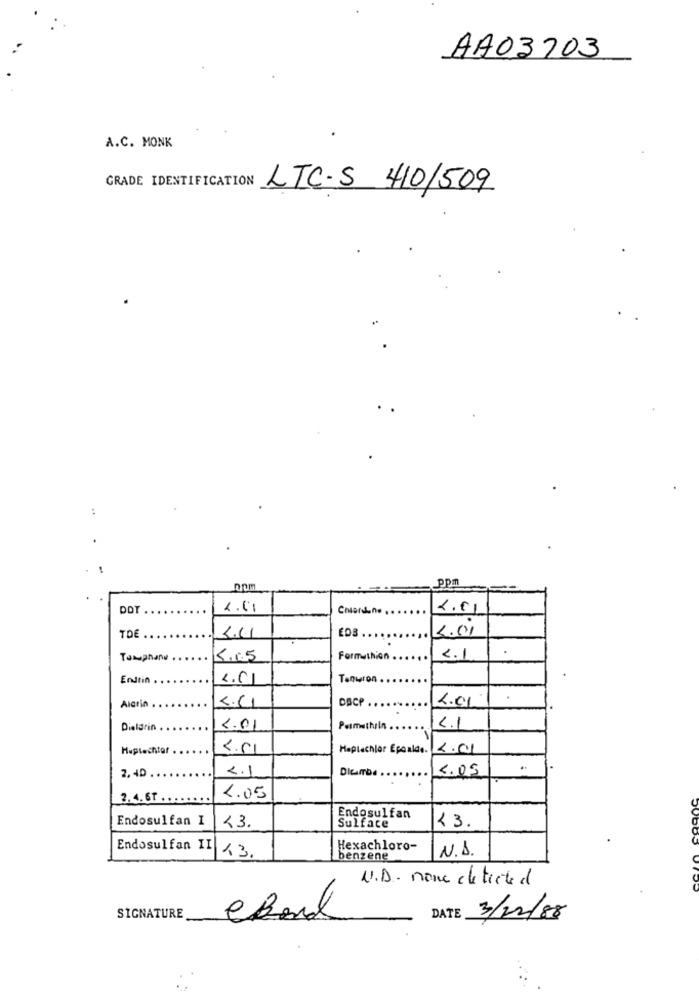
AA03703
A.C. MONK
GRADE IDENTIFICATION
LTC.S 410/509
ppm
DOT
2.01
2.01
TOE
EDB.
3.01
4.41
.
5.05
Formuthion.
2.1
Endrin .
2.01
Tenwron
DSCP
2.01
Aigrin
Dieldrin
2.01
Pasmathsln
4.1
Huplechter .
4.01
Heptachlor Epealde.
2.01
2.1
4.05
2. 40 .
2.4.6T .. . . .
4.05
Endosulfan I
Endosulfan
23.
<3.
Sulface
Endosulfan II
13.
Hexachloro-
N.A.
benzene
U.D. none che ticted
DATE
SIGNATURE
3/12/88